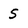
Character: 5